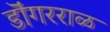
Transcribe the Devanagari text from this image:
डॊंगरराळ